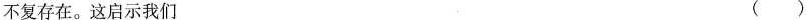
不复存在。这启示我们 ( )